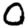
Digit: 0